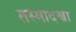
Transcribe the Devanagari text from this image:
तस्मादश्वा